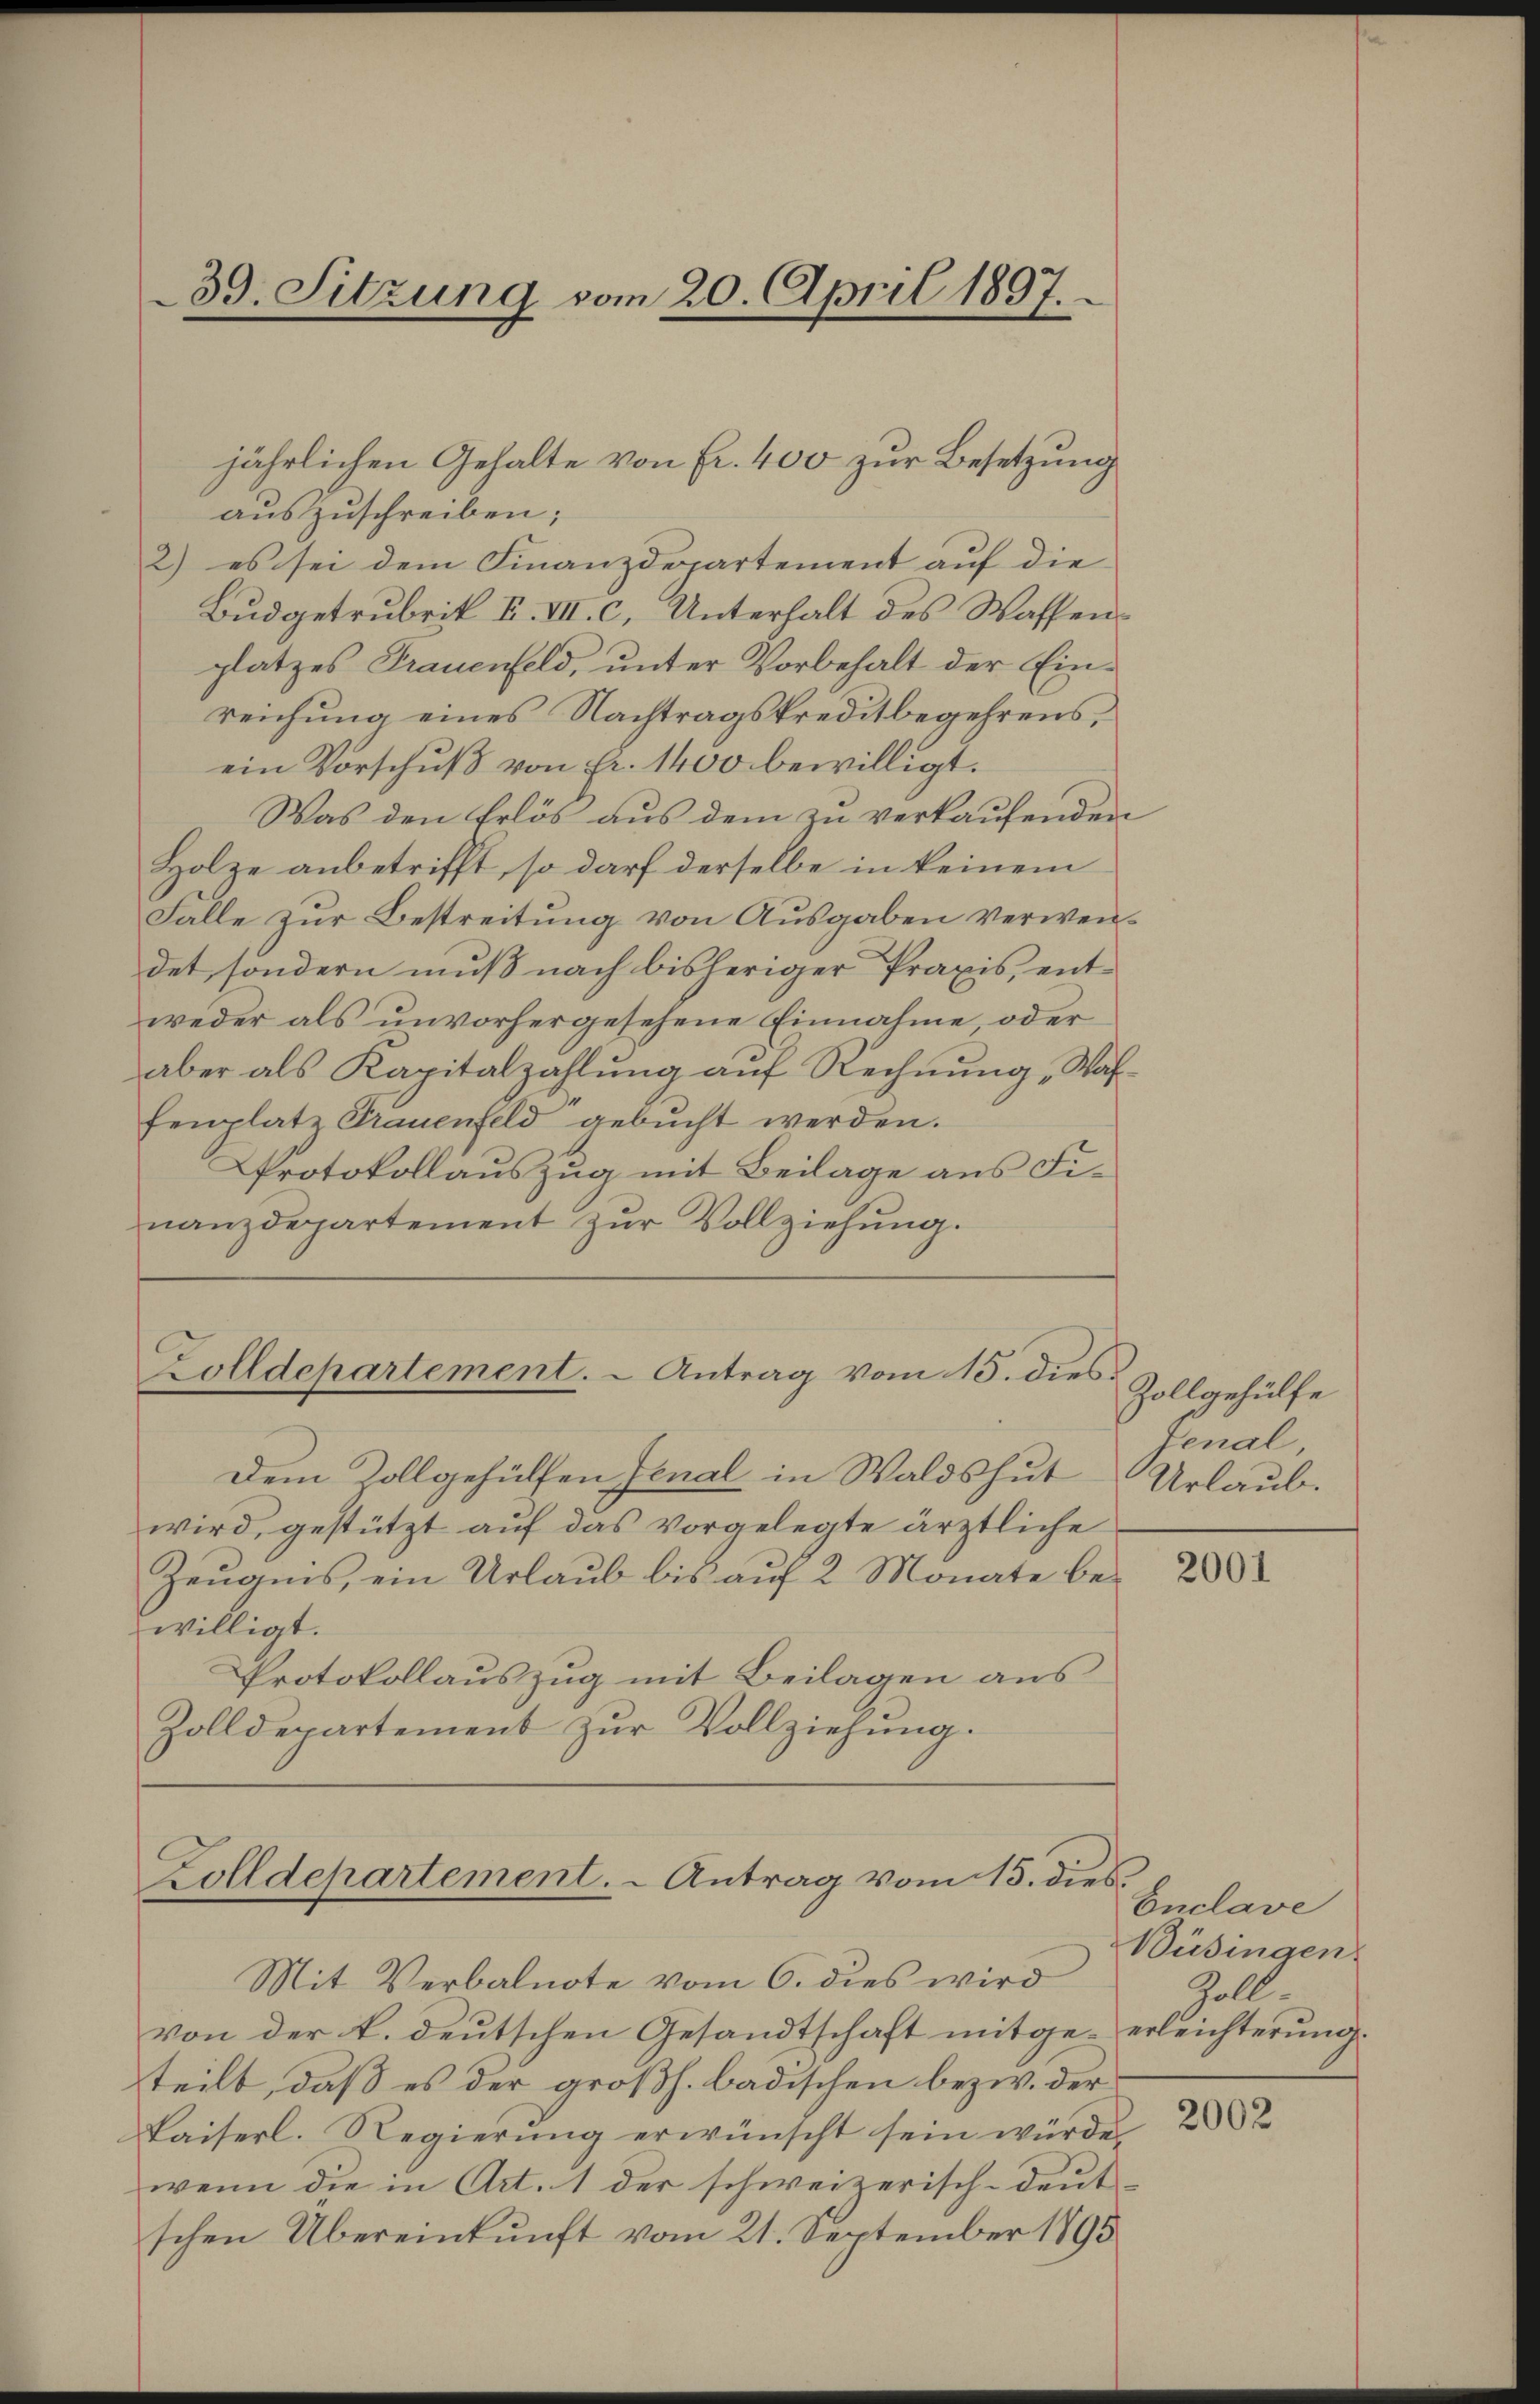
39. Sitzung vom 20. April 1897.

jährlichen Gehalte von Fr. 400 zur Besetzung
auszuschreiben;
2) es sei dem Finanzdepartement auf die
Budgetrubrik F. VII. c. Unterhalt des Waffenplatzes Frauenfeld, unter Vorbehalt der Einreichung eines Nachtragskreditbegehrens,
ein Vorschuß von Fr. 1400 bewilligt.
Was den Erlös aus dem zu verkaufenden
Holze anbetrifft, so darf derselbe in keinem
Falle zur Bestreitung von Ausgaben verwendet, sondern muß nach bisheriger Praxis, entweder als unvorhergesehene Einnahme, oder
aber als Kapitalzahlung auf Rechnung „Wahfenplatz Trauenfeld gebucht werden.
Protokollauszug mit Beilage aus Finanzdepartement zŭr Vollziehŭng.

Zolldepartement. - Antrag vom 15. dies.

Dem Zollgehülfen Jenal in Waldshut
wird, gestützt auf das vorgelegte ärztliche
Zeugnis, ein Urlaub bis auf 2 Monate bewilligt.
Protokollauszug mit Beilagen aus
Zolldepartement zur Vollziehung.

Zolldepartement. - Antrag vom 15. dies

Mit Verbalnote vom 6. dies wird
von der k. deutschen Gesandtschaft mitge- erleichterung.
teilt, daß es der großh. badischen bezw. der
Kaiserl. Regierŭng erwünscht sein würde.
wenn die in Art. 1 der schweizerisch-deut
schen Übereinkunft vom 21. September 1895

Zollgehülfe
Jenal
Urlaub.

2001

Enclave
Büsingen.
Zoll

2002